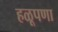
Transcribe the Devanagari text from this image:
हळूपणा